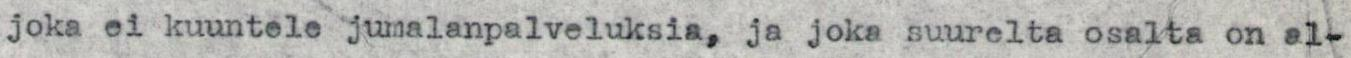
joka ei kuuntele jumalanpalveluksia, ja joka suurelta osalta on al-